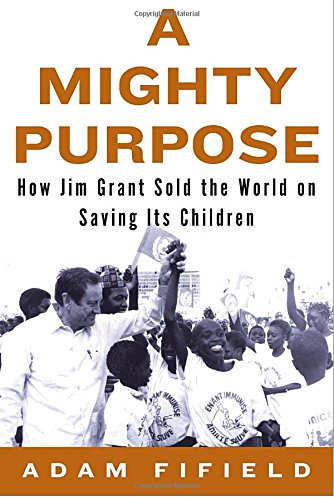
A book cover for A Mighty Purpose: How Jim Grant Sold the World on Saving its Children; Adam Fifield; Biographies & Memoirs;